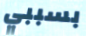
بسببي